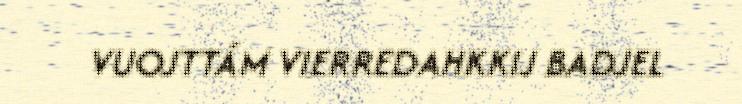
VUOJTTÁM VIERREDAHKKIJ BADJEL